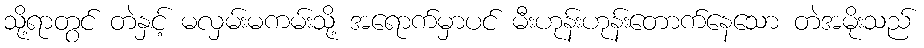
သို့ရာတွင် တဲနှင့် မလှမ်းမကမ်းသို့ အရောက်မှာပင် မီးဟုန်းဟုန်းတောက်နေသော တဲအမိုးသည်